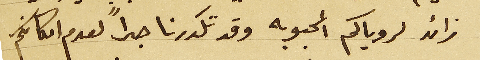
زائد لروياكم المحبوبه وقد تكدرنا جداً لعدم امكانكم